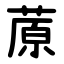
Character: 蒝